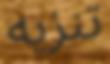
تنزيه